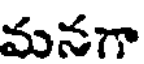
మనగా